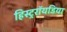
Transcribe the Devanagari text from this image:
हिस्ट्ररॉयडिया